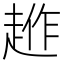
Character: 𧼄